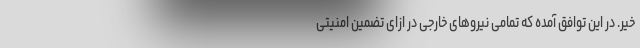
خیر. در این توافق آمده که تمامی نیروهای خارجی در ازای تضمین امنیتی